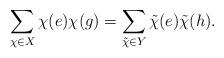
LaTeX: \begin{align*}\sum_{\chi\in X}{\chi(e)\chi(g)}=\sum_{\tilde{\chi}\in Y}{\tilde{\chi}(e)\tilde{\chi}(h)}.\end{align*}